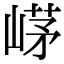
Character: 𡹰